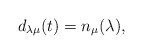
\begin{align*} d_{\lambda\mu}(t)= n_\mu({\lambda}), \end{align*}